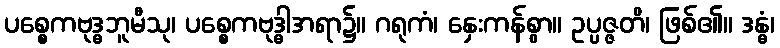
ပစ္စေကဗုဒ္ဓဘူမီသု၊ ပစ္စေကဗုဒ္ဓါအရာ၌။ ဂရုကံ၊ နှေးကန်စွာ။ ဥပ္ပဇ္ဇတိ၊ ဖြစ်၏။ ဒန္ဓံ၊